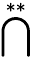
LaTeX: \bigcap^{**}